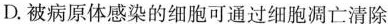
D.被病原体感染的细胞可通过细胞凋亡清除